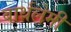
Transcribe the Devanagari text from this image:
बार्थलेमी